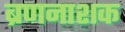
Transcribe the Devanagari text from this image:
ब्रणनाशक